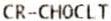
CR-CHOCLT